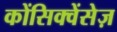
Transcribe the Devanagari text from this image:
कोंसिक्वेंसेज़